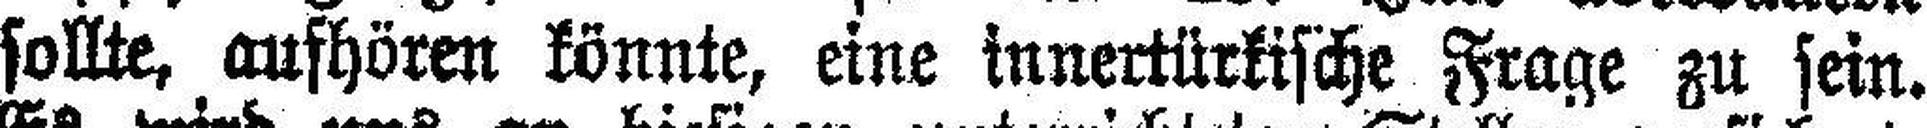
sollte, aufhören könnte, eine innertürkische Frage zu sein.